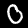
Digit: 0